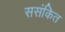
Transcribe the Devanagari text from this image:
ससंकित